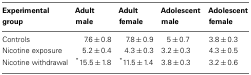
<table><thead><tr><td><b>Experimental group</b></td><td><b>Adult male</b></td><td><b>Adult female</b></td><td><b>Adolescent male</b></td><td><b>Adolescent female</b></td></tr></thead><tbody><tr><td>Controls</td><td>7.6 ± 0.8</td><td>7.8 ± 0.9</td><td>5 ± 0.7</td><td>3.8 ± 0.3</td></tr><tr><td>Nicotine exposure</td><td>5.2 ± 0.4</td><td>4.3 ± 0.3</td><td>3.2 ± 0.3</td><td>4.3 ± 0.5</td></tr><tr><td>Nicotine withdrawal</td><td>*15.5 ± 1.8</td><td>*11.5 ± 1.4</td><td>3.8 ± 0.3</td><td>3.2 ± 0.6</td></tr></tbody></table>